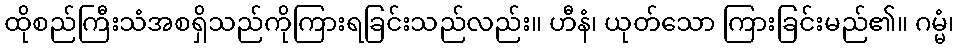
ထိုစည်ကြီးသံအစရှိသည်ကိုကြားရခြင်းသည်လည်း။ ဟီနံ၊ ယုတ်သော ကြားခြင်းမည်၏။ ဂမ္မံ၊